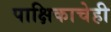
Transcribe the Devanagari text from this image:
पाक्षिकाचेही